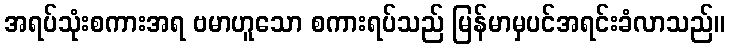
အရပ်သုံးစကားအရ ဗမာဟူသော စကားရပ်သည် မြန်မာမှပင်အရင်းခံလာသည်။